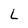
Character: L